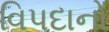
વિપદાનો